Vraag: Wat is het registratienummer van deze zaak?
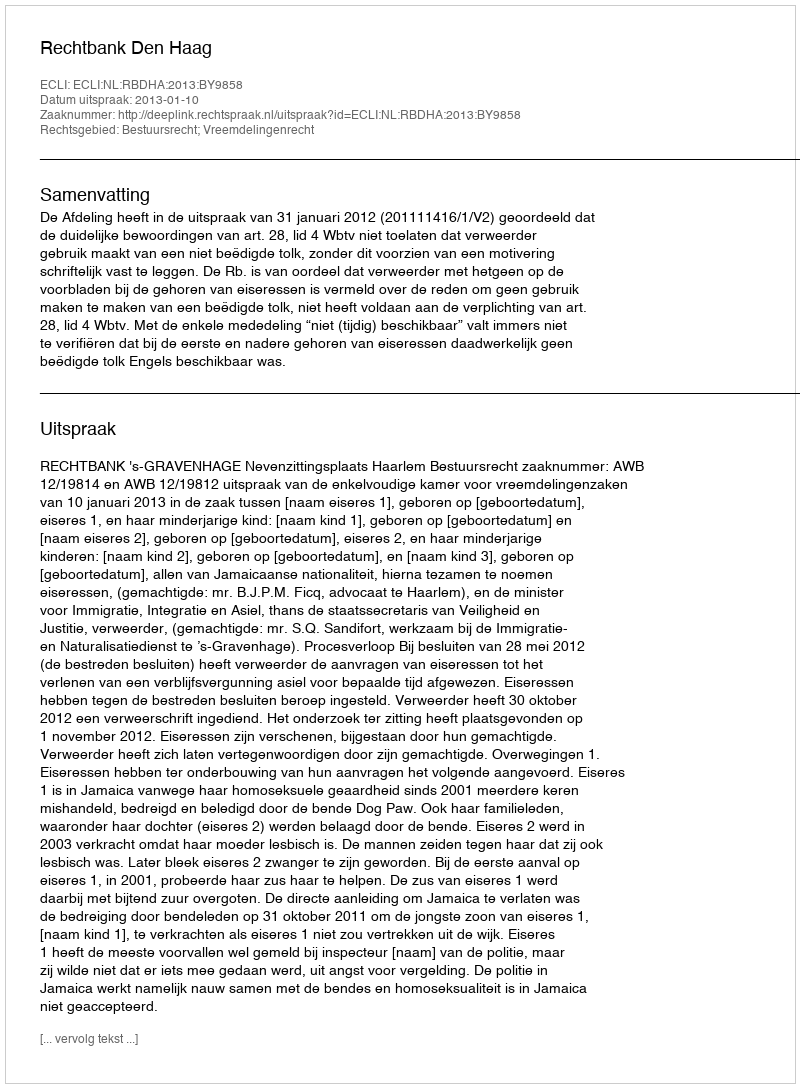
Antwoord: http://deeplink.rechtspraak.nl/uitspraak?id=ECLI:NL:RBDHA:2013:BY9858